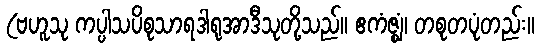
(ဗဟူသု ကပ္ပါသပိစုသာရဒါရုအာဒီသုတို့သည်။ ဧကံဇ္ဈံ၊ တစုတပုံတည်း။